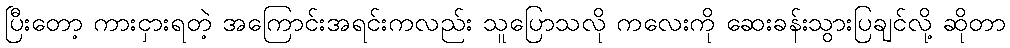
ပြီးတော့ ကားငှားရတဲ့ အကြောင်းအရင်းကလည်း သူပြောသလို ကလေးကို ဆေးခန်းသွားပြချင်လို့ ဆိုတာ